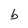
Character: b